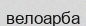
велоарба